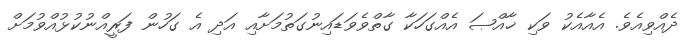
ދެއްވިއެވެ. އެއާއެކު ވަކި ޚާއްޞަ އެއްގަހަކާ ގާތްވެވަޑައިނުގަތުމަށާއި އަދި އެ ގަހުން ފަރީއްނުކުޅުއްވުމަށް